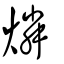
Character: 燐